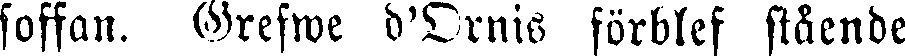
soffan. Grefwe d'Ornis förblef stående